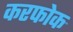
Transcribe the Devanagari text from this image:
करफोक